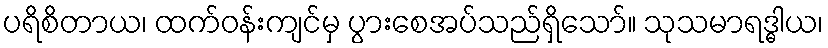
ပရိစိတာယ၊ ထက်ဝန်းကျင်မှ ပွားစေအပ်သည်ရှိသော်။ သုသမာရဒ္ဓါယ၊